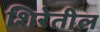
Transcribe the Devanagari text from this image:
शिरेतील